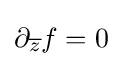
\displaystyle \partial _{\overline {z}}f=0